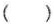
()